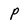
Character: P